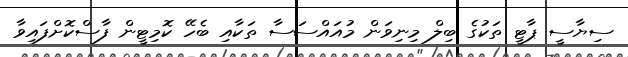
ސިޔާސީ ޕާޓީ ތަކުގެ ބިލް މިނިވަން މުއައްސަސާ ތަކާއި ބެހޭ ކޮމިޓީން ފާސްކޮށްފައިވާ